Medical and sanitary report of the native army of Madras for the year
Year: 1878
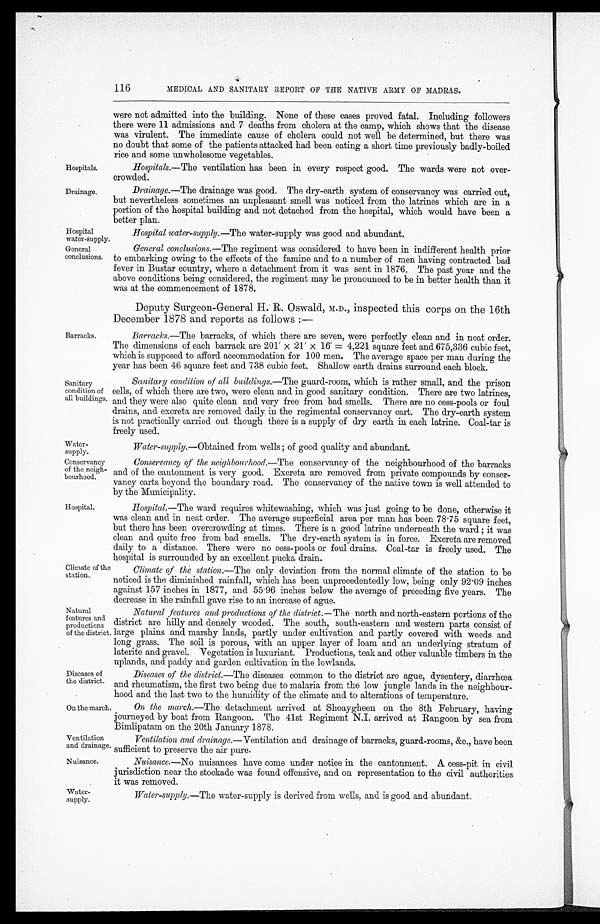
Hospitals.
Drainage.
Wa t e r - s u p p l y .
Conservancy
of the neigh
-bourhood.
116
MEDICAL AND SANITARY REPORT OF THE NATIVE ARMY OF MADRAS.
were not admitted into the building. None of these eases proved fatal. Including followers
there were 11 admissions and 7 deaths from cholera at the camp, which shows that the disease
was virulent. The immediate cause of cholera could not well be determined, but there was
no doubt that some of the patients attacked had been eating a short time previously badly-boiled
rice and some unwholesome vegetables.
Hospitals .—The ventilation has been in every respect good. The wards were not over
-crowded.
Drainage .—The drainage was good. The dry-earth system of conservancy was carried out,
but nevertheless sometimes an unpleasant smell was noticed from the latrines which are in a
portion of the hospital building and not detached from the hospital, which would have been a
better plan.
Hospital
water-supply.
Hospital water-supply .—The water-supply was good and abundant.
General
conclusions.
Barracks.
Sanitary
condition of
all buildings.
Hospital.
Climate of the
station.
Natural
features and
productions
of the district.
General conclusions .—The regiment was considered to have been in indifferent health prior
to embarking owing to the effects of the famine and to a number of men having contracted bad
fever in Bustar country, where a detachment from it was sent in 1876. The past year and the
above conditions being considered, the regiment may be pronounced to be in better health than it
was at the commencement of 1878.
Deputy Surgeon-General H. R. Oswald, M.D., inspected this corps on the 16th
December 1878 and reports as follows :—
Barracks .—The barracks, of which there are seven, were perfectly clean and in neat order.
The dimensions of each barrack are 201' x 21' x 16' = 4,221 square feet and 675,336 cubic feet,
which is supposed to afford accommodation for 100 men. The average space per man during the
year has been 46 square feet and 738 cubic feet. Shallow earth drains surround each block.
Sanitary condition of all buildings .—The guard-room, which is rather small, and the prison
cells, of which there are two, were clean and in good sanitary condition. There are two latrines,
and they were also quite clean and very free from bad smells. There are no cess-pools or foul
drains, and excreta are removed daily in the regimental conservancy cart. The dry-earth system
is not practically carried out though there is a supply of dry earth in each latrine. Coal-tar is
freely used.
Water-supply.—Obtained from wells; of good quality and abundant.
Conservancy of the neighbourhood.—The conservancy of the neighbourhood of the barracks
and of the cantonment is very good. Excreta are removed from private compounds by conse
r-vancy carts beyond the boundary road. The conservancy of the native town is well attended to
by the Municipality.
Hospital .—The ward requires whitewashing, which was just going to be done, otherwise it
was clean and in neat order. The average superficial area per man has been 78.75 square feet,
but there has been overcrowding at times. There is a good latrine underneath the ward; it was
clean and quite free from bad smells. The dry-earth system is in force. Excreta are removed
daily to a distance. There were no cess-pools or foul drains. Coal-tar is freely used. The
hospital is surrounded by an excellent pucka drain.
Climate of the station .—The only deviation from the normal climate of the station to be
noticed is the diminished rainfall, which has been unprecedentedly low, being only 92.09 inches
against 157 inches in 1877, and 55.96 inches below the average of preceding five years. The
decrease in the rainfall gave rise to an increase of ague.
Natural features and productions of the district .—The north and north-eastern portions of the
district are hilly and densely wooded. The south, south-eastern and western parts consist of
large plains and marshy lands, partly under cultivation and partly covered with weeds and
long grass. The soil is porous, with an upper layer of loam and an underlying stratum of
laterite and gravel. Vegetation is luxuriant. Productions, teak and other valuable timbers in the
uplands, and paddy and garden cultivation in the lowlands.
Diseases of
the district.
Diseases of the district .—The diseases common to the district are ague, dysentery, diarrhœa
and rheumatism, the first two being due to malaria from the low jungle lands in the neighbour
-hood and the last two to the humidity of the climate and to alterations of temperature.
On the march.
Ventilation
and drainage.
On the march .—The detachment arrived at Shoaygheen on the 8th February, having
journeyed by boat from Rangoon. The 41st Regiment N.I. arrived at Rangoon by sea from
Bimlipatam on the 20th January 1878.
Ventilation and drainage .—Ventilation and drainage of barracks, guard-rooms, &c., have been
sufficient to preserve the air pure.
Nuisance.
Water
-supply.
Nuisance .—No nuisances nave come under notice in the ca
ntonment. A cess-pit in civil jurisdiction near the stockade was found offensive, and on representation to the civil authorities
it was removed.
Water-supply .—The water-supply is derived from wells, and is good and abundant.